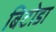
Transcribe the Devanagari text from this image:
बिटोडा